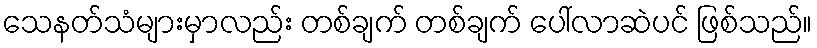
သေနတ်သံများမှာလည်း တစ်ချက် တစ်ချက် ပေါ်လာဆဲပင် ဖြစ်သည်။